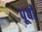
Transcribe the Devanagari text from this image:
पूर्बो